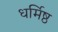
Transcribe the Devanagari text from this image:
धर्मिष्ठ